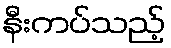
နီးကပ်သည့်